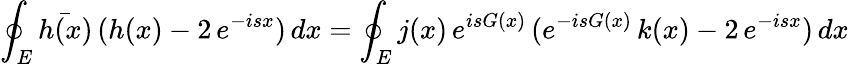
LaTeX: \oint_{E}\bar{h(x)}\, (h(x)-2\, e^{-isx})\, dx=\oint_{E}j(x)\, e^{isG(x)}\, (e^{-isG(x)}\, k(x)-2\, e^{-isx})\, dx